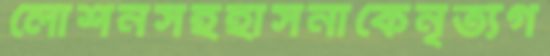
লোশনসহহাসনাকেনৃত্যগ